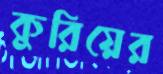
কুরিয়ের